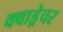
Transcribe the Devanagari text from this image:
क्वाड्रेचर